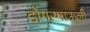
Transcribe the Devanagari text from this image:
डोंगरमाऊली